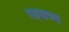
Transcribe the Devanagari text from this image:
राइखच्या